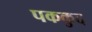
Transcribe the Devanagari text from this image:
पककुद